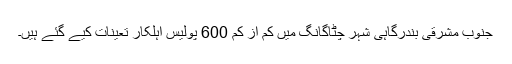
جنوب مشرقی بندرگاہی شہر چٹاگانگ میں کم از کم 600 پولیس اہلکار تعینات کیے گئے ہیں۔